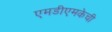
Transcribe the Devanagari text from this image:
एमडीएमकेची